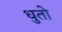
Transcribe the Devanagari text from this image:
धुतो